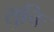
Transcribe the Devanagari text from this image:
सुचिः